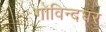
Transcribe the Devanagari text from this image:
गोविन्दघर